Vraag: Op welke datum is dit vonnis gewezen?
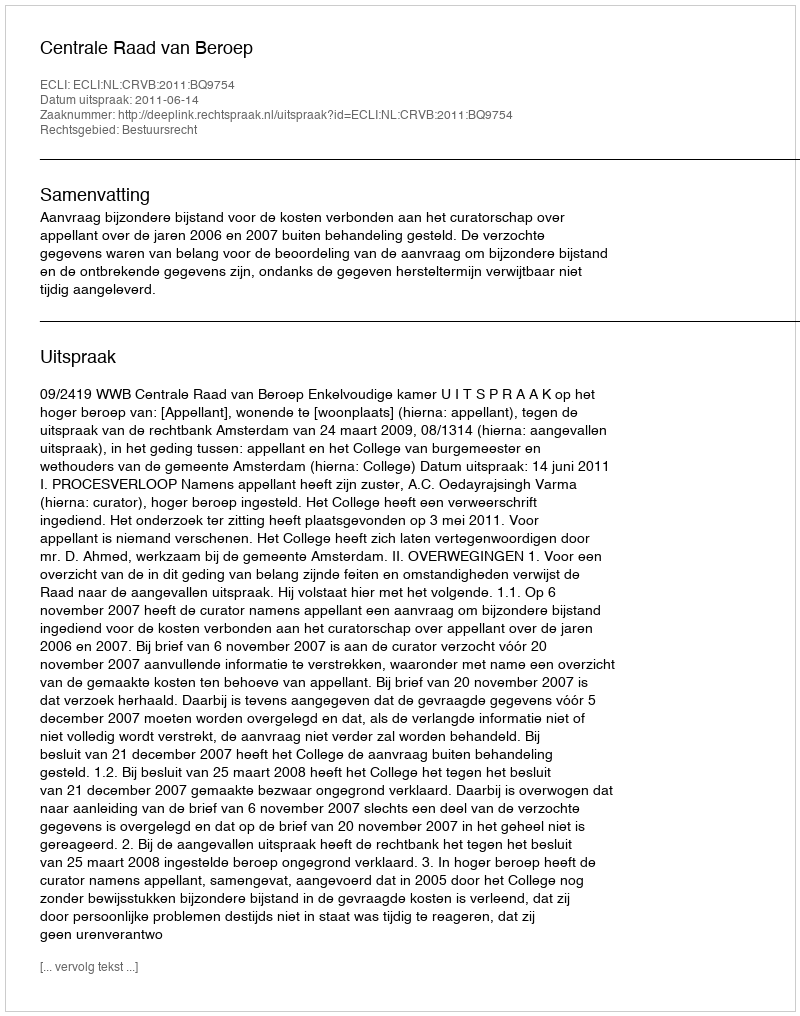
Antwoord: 2011-06-14